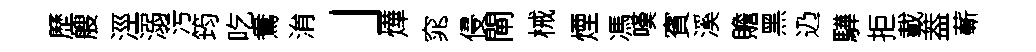
歷艘涇溺污筠吃鴦㳙」燁窕侵閘械煙馮嘆賓溪贍黑辸驊拒載葢蔪